Lunatic asylums Punjab 1895-1910 - 1895-1910
Year: 1895
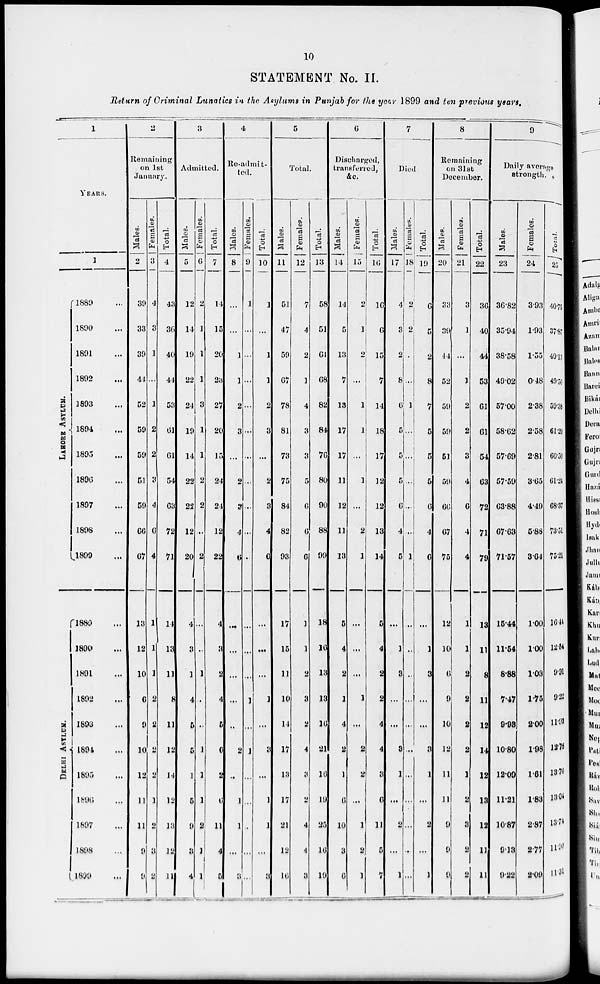
10
STATEMENT No. II.
Return of Criminal Lunatics in the Asylums in Punjab for the year 1899 and ten previous years.
1
YEAR.
1
LAHORE
ASYLUM.
DELHI
ASYLUM.
1889 ...
1890 ...
1891 ...
1892 ...
1893 ...
1894 ...
1895 ...
1896 ...
1897 ...
1898 ...
1899 ...
1889 ...
1890 ...
1891
...
1892 ...
1893 ...
1894 ...
1895 ...
1896 ...
1897 ...
1898 ...
1899 ...
2
Remaining
on 1st
January.
Males.
2
39
33
39
44
52
59
59
51
59
66
67
13
12
10
6
9
10
12
11
11
9
9
Females.
3
4
3
1
...
1
2
2
3
4
6
4
1
1
1
2
2
2
2
1
2
3
2
Total.
4
43
36
40
44
53
61
61
54
63
72
71
14
13
11
8
11
12
14
12
13
12
11
3
Admitted.
Males.
5
12
14
19
22
24
19
14
22
22
12
20
4
3
1
4
5
5
1
5
9
3
4
Females.
6
2
1
1
1
3
1
1
2
2
...
2
...
...
1
...
...
1
1
1
2
1
1
Total.
7
14
15
20
23
27
20
15
24
24
12
22
4
3
2
4
5
6
2
6
11
4
5
4
Re-admit-
ted.
Males.
8
...
...
1
1
2
3
...
2
3
4
6
...
...
...
...
...
2
...
1
1
...
3
Females.
9
1
...
...
...
...
...
...
...
...
...
...
...
...
...
1
...
1
...
...
...
...
...
Total.
10
1
...
1
1
2
3
...
2
3
4
6
...
...
...
1
...
3
...
1
1
...
3
5
Total.
Males.
11
51
47
59
67
78
81
73
75
84
82
93
17
15
11
10
14
17
13
17
21
12
16
Females.
12
7
4
2
3
4
3
3
5
6
6
6
1
1
2
3
2
4
3
2
4
4
3
Total.
13
58
51
61
68
82
84
76
80
90
88
99
18
16
13
13
10
21
10
10
25
10
19
6
Discharged,
transferred,
&c.
Males.
14
14
5
13
7
13
17
17
11
12
11
13
5
4
2
1
4
2
1
6
10
3
6
Females.
15
2
1
2
...
1
1
...
1
...
2
1
...
...
...
1
...
2
2
...
1
2
1
Total.
16
16
6
15
7
14
18
17
32
12
13
14
5
4
2
2
4
4
3
6
11
5
7
7
Died.
Males.
17
4
3
2
8
6
5
5
5
6
4
5
...
1
3
...
...
3
1
...
2
...
1
Females.
18
2
2
...
...
3
...
...
...
...
...
1
...
...
...
...
...
...
...
...
...
...
...
Total.
19
6
5
2
8
7
5
5
5
6
4
6
...
1
3
...
...
3
1
...
2
...
1
8
Remaining
on 31st
December.
Males.
20
33
39
44
52
59
59
51
59
66
67
75
12
10
6
9
10
12
11
11
9
9
9
Females.
21
3
1
...
3
2
2
3
4
6
4
4
1
1
2
2
2
2
1
2
3
2
2
Total.
22
30
40
44
53
61
61
54
63
72
71
79
13
11
8
11
12
14
12
13
12
11
11
9
Daily average
strength.
Males.
23
36.82
35.94
38.58
49.02
57.00
58.62
57.69
57.59
68.88
67.63
7157
15.44
11.54
8.88
7.47
9.08
10.80
12.00
11.21
10.87
9.18
9.22
Females.
24
3.93
1.93
1.55
0.48
2.38
2.58
2.81
3.65
4.49
5.88
8.64
1.00
1.00
1.03
1.75
2.00
1.08
1.61
1.88
2.87
2.77
2.09
Total.
25
40.75
37.87
40.13
49.50
59.38
61.20
60.30
61.24
68.37
73.51
75.21
16.44
12.54
9.91
9.22
11.93
12.76
13.70
13.04
13.74
11.90
11.31